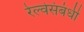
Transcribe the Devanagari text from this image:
रेल्वेसंबंधी